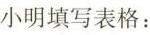
小明填写表格：